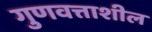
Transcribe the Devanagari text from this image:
गुणवत्ताशील